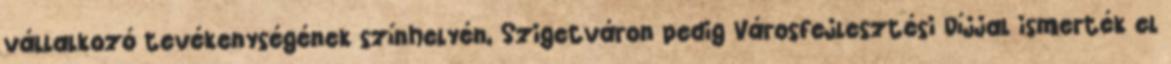
vállalkozó tevékenységének színhelyén, Szigetváron pedig Városfejlesztési Díjjal ismerték el